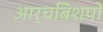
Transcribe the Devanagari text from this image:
आर्चबिशपों